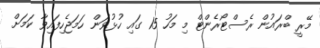
މޭރީ ބްރައުން ރެސްޓޯރެންޓް މި މަހު 15 ގައި ހުޅުވަން ހަމަޖެހިފައިވާ ކަމަށް